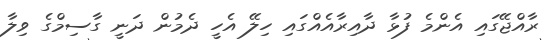
ރާއްޖޭގައި އެންމެ ފުޅާ ދާއިރާއެއްގައި ހިލޭ އެހީ ދެމުން ދަނީ ގާސިމްގެ ވިލާ